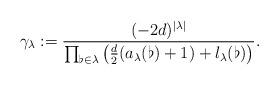
LaTeX: \begin{align*}\gamma_\lambda:=\frac{(-2d)^{|\lambda|}}{\prod_{\flat\in\lambda}\left(\frac{d}{2}(a_\lambda(\flat)+1)+l_\lambda(\flat)\right)}.\end{align*}